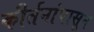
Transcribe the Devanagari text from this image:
कीर्तनांपासून